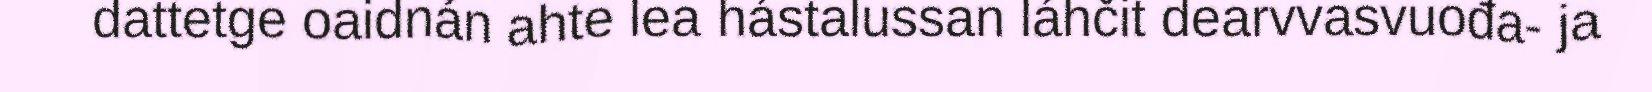
dattetge oaidnán ahte lea hástalussan láhčit dearvvasvuođa- ja